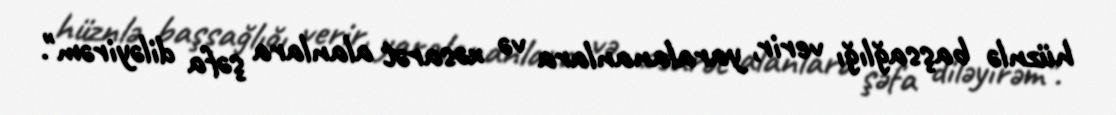
hüznlə başsağlığı verir, yaralananlara və xəsarət alanlara şəfa diləyirəm".